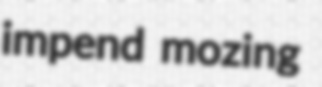
impend mozing